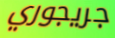
جريجوري